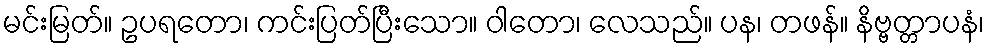
မင်းမြတ်။ ဥပရတော၊ ကင်းပြတ်ပြီးသော။ ဝါတော၊ လေသည်။ ပန၊ တဖန်။ နိဗ္ဗတ္တာပနံ၊